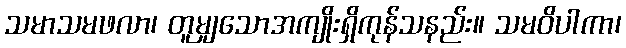
သမာသမဖလာ၊ တူမျှသောအကျိုးရှိကုန်သနည်း။ သမဝိပါကာ၊